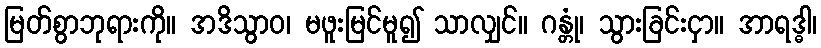
မြတ်စွာဘုရားကို။ အဒိသွာဝ၊ မဖူးမြင်မူ၍ သာလျှင်။ ဂန္တုံ၊ သွားခြင်းငှာ။ အာရဒ္ဓါ၊